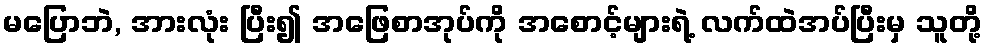
မပြောဘဲ, အားလုံး ပြီး၍ အဖြေစာအုပ်ကို အစောင့်များရဲ့ လက်ထဲအပ်ပြီးမှ သူတို့